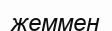
жеммен